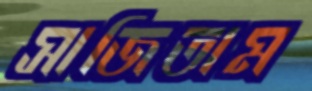
সাজিতাম